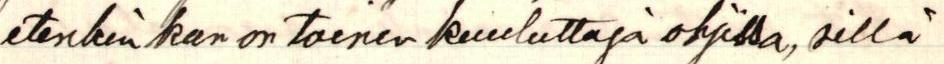
etenkin kun on toinen kuuluttaja ohjissa, sillä